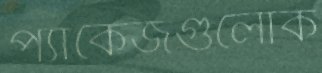
প্যাকেজগুলোক